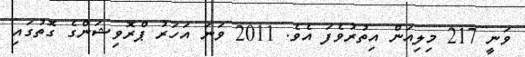
ވަނީ 217 މިލިއަން އިތުރުވެފަ އެވެ. 2011 ވަނަ އަހަރު ޕްރޮވިޝަންގެ ގޮތުގައި